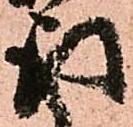
取